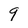
Character: 9